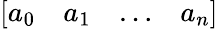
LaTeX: [\begin{array}{llll}{a_{0}}&{a_{1}}&{\ldots}&{a_{n}}\end{array}]